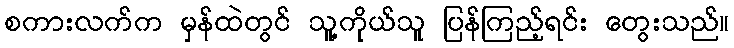
စကားလက်က မှန်ထဲတွင် သူ့ကိုယ်သူ ပြန်ကြည့်ရင်း တွေးသည်။